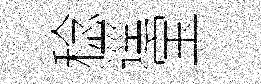
稔逕宝